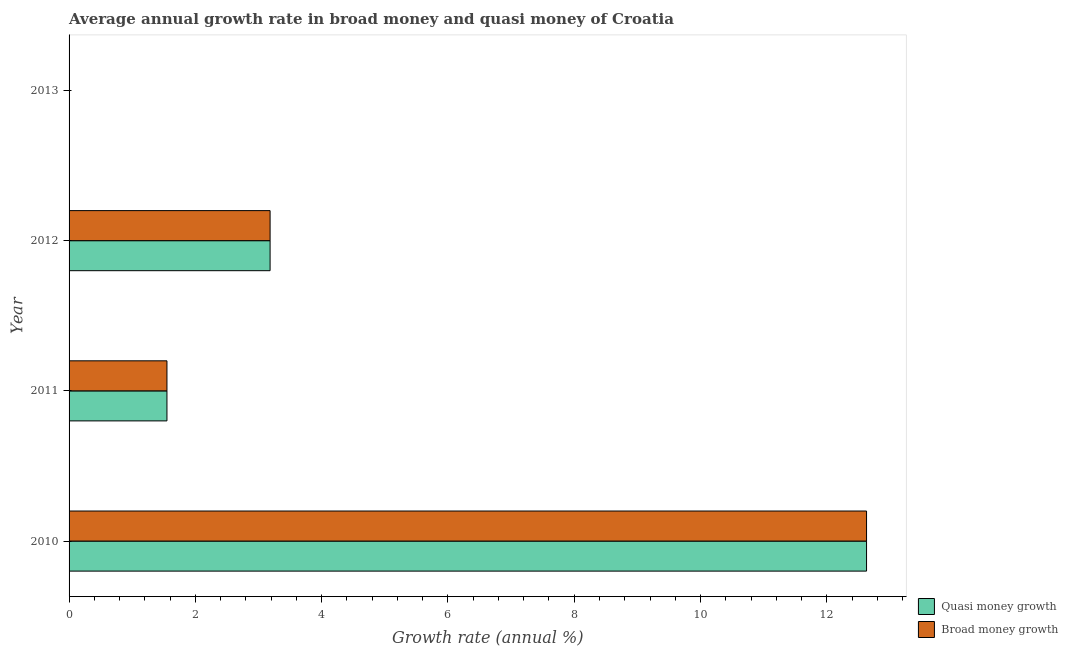
| Year | Quasi money growth | Broad money growth |
 | --- | --- | --- |
 | 2010 | 12.6 | 12.6 |
 | 2011 | 1.55 | 1.55 |
 | 2012 | 3.18 | 3.18 |
 | 2013 | -14.6 | -14.6 |